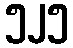
၅၂၅